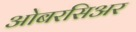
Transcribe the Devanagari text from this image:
ओबरसिअर